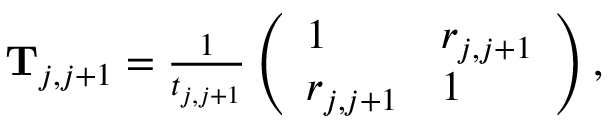
\begin{array} { r } { \mathbf T _ { j , j + 1 } = \frac { 1 } { t _ { j , j + 1 } } \left( \begin{array} { l l } { 1 } & { r _ { j , j + 1 } } \\ { r _ { j , j + 1 } } & { 1 } \end{array} \right) , } \end{array}